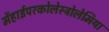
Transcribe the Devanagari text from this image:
मेंहाईपरकोलेस्ट्रोलेमिया